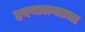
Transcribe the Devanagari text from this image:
हृदयालगतचा